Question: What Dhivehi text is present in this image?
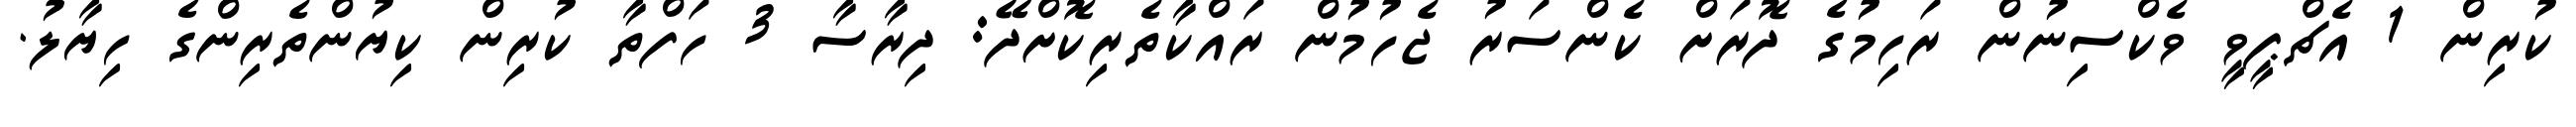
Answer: ކުރިން 1 އެޗްޕީވީ ވެކްސިނުން ރަހިމުގެ ދޮރަށް ކެންސަރު ޖެހުމުން ރައްކާތެރިކޮށްދޭ: ދިރާސާ 3 ހަފްތާ ކުރިން ކިޔުންތެރިންގެ ހިޔާލު.